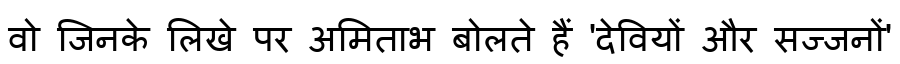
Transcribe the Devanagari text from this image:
वो जिनके लिखे पर अमिताभ बोलते हैं 'देवियों और सज्जनों'